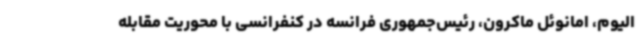
الیوم، امانوئل ماکرون، رئیس‌جمهوری فرانسه در کنفرانسی با محوریت مقابله